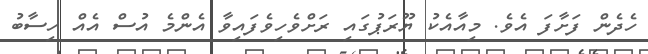
ހެދެން ފަށާފަ އެވެ. މިއާއެކު ޔޫރަޕުގައި ރަށްވެހިވެފައިވާ އެންމެ އުސް އެއް ހިސާބު